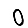
Digit: 0